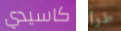
كاسيدي طرأ